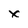
Character: x